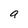
Character: a